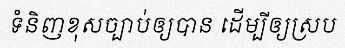
ទំនិញខុសច្បាប់ឲ្យបាន ដើម្បីឲ្យស្រប